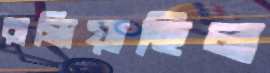
রান্ধিয়াছিল